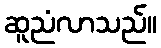
ဆူညံလာသည်။